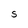
Character: S